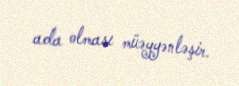
ada olması müəyyənləşir.